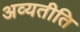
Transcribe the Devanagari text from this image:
अव्यतीति